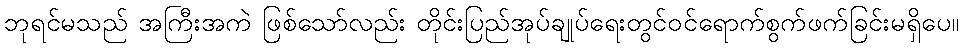
ဘုရင်မသည် အကြီးအကဲ ဖြစ်သော်လည်း တိုင်းပြည်အုပ်ချုပ်ရေးတွင်ဝင်ရောက်စွက်ဖက်ခြင်းမရှိပေ။